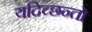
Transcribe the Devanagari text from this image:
यदिच्छन्तो